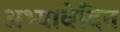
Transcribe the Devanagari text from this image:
अभ्यावेदित